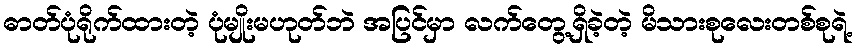
ဓာတ်ပုံရိုက်ထားတဲ့ ပုံမျိုးမဟုတ်ဘဲ အပြင်မှာ လက်တွေ့ရှိခဲ့တဲ့ မိသားစုလေးတစ်စုရဲ့